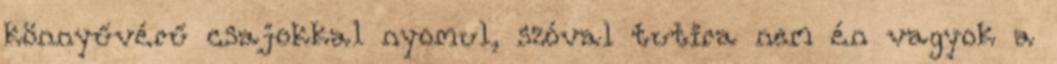
könnyűvérű csajokkal nyomul, szóval tutira nem én vagyok a